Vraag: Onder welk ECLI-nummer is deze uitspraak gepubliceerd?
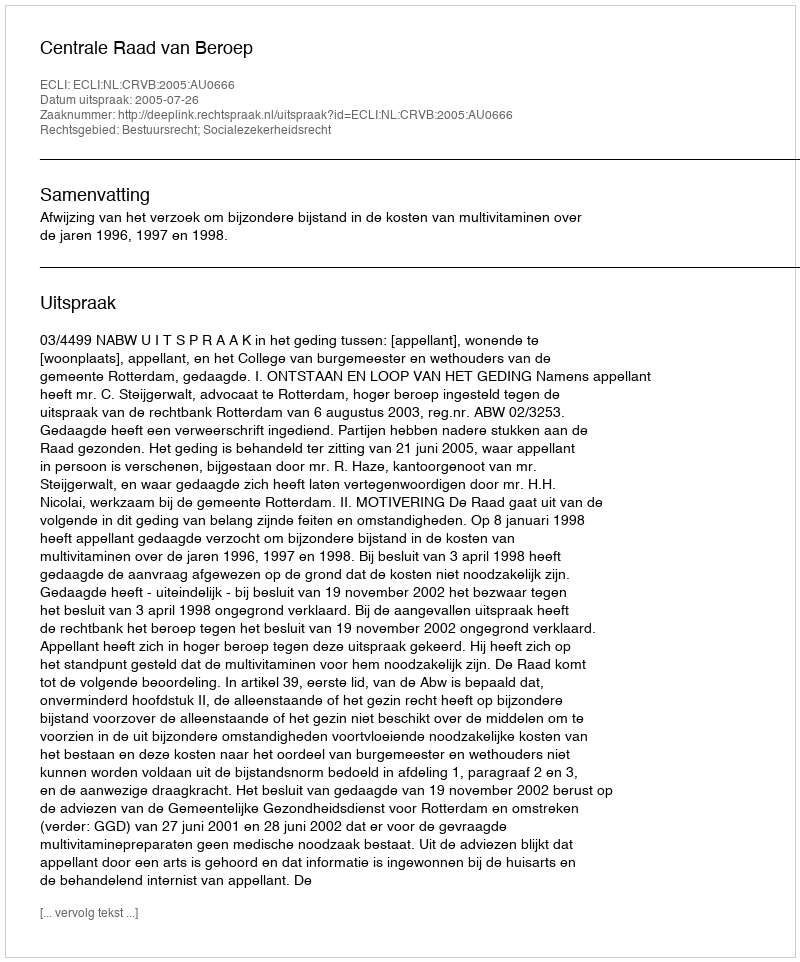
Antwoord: ECLI:NL:CRVB:2005:AU0666